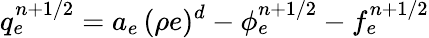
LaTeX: q_{e}^{n+1/2}=a_{e}\, (\rho e)^{d}-{\phi}_{e}^{n+1/2}-f_{e}^{n+1/2}